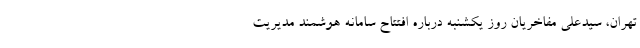
تهران، سیدعلی مفاخریان روز یکشنبه درباره افتتاح سامانه هوشمند مدیریت